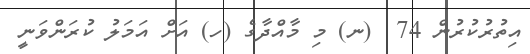
އިތުރުކުރުން 74  (ނ) މި މާއްދާގެ (ހ) އަށް އަމަލު ކުރަންވަނީ